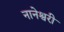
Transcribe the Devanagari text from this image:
नानेश्वरी